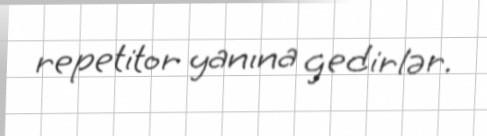
repetitor yanına gedirlər.